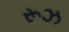
રૂઝ